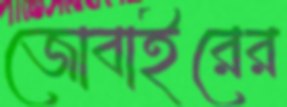
জোবাইরের